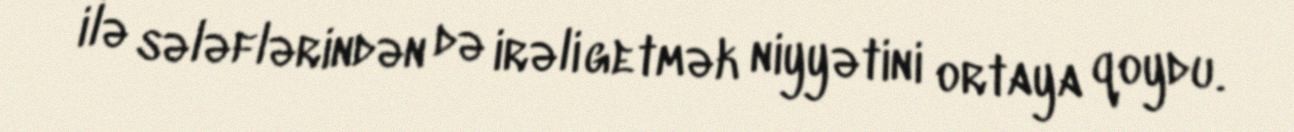
ilə sələflərindən də irəli getmək niyyətini ortaya qoydu.